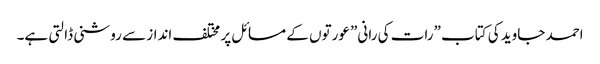
احمد جاوید کی کتاب ”رات کی رانی” عورتوں کے مسائل پر مختلف انداز سے روشنی ڈالتی ہے۔